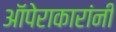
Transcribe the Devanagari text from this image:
ऑपेराकारांनी